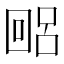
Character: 𫭐